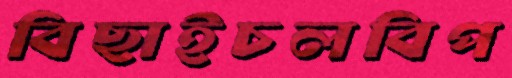
বিছাইচলবিপ